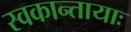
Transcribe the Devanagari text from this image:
स्वकान्तायाः